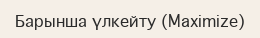
Барынша үлкейту (Maximize)